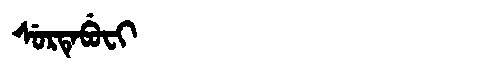
Manchu: ᠰᡠᡵᡨᡝᠪᡠᠸᡳ
Romanization: SURTEBUFI